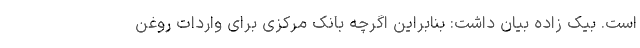
است. بیک زاده بیان داشت: بنابراین اگرچه بانک مرکزی برای واردات روغن